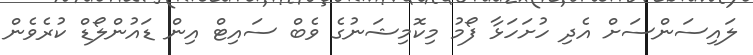
ލައިސަންސަށް އެދި ހުށަހަޅާ ފޯމު މިކޮމިޝަނުގެ ވެބް ސައިޓް އިން ޑައުންލޯޑް ކުރެވެން